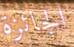
الجائزة